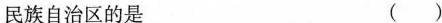
民族自治区的是 ()